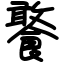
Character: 饏